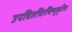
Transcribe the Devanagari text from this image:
उपचितचिरचिन्मुकुरित